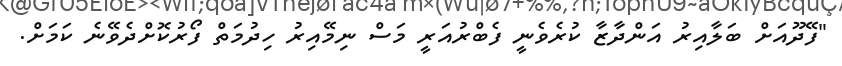
"ފޭދޫއަށް ބަލާއިރު އަންދާޒާ ކުރެވެނީ ފެބްރުއަރީ މަސް ނިމޭއިރު ހިދުމަތް ފޯރުކޮށްދެވޭނެ ކަމަށް.